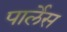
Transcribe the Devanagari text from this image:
पार्लेस